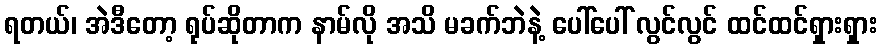
ရတယ်၊ အဲဒီတော့ ရုပ်ဆိုတာက နာမ်လို အသိ မခက်ဘဲနဲ့ ပေါ်ပေါ် လွင်လွင် ထင်ထင်ရှားရှား